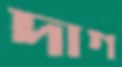
দাগ